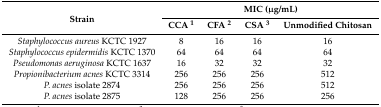
<table><thead><tr><td rowspan="2"><b>Strain</b></td><td colspan="4"><b>MIC (μg/mL)</b></td></tr><tr><td><b>CCA <sup>1</sup></b></td><td><b>CFA <sup>2</sup></b></td><td><b>CSA <sup>3</sup></b></td><td><b>Unmodified Chitosan</b></td></tr></thead><tbody><tr><td><i>Staphylococcus aureus</i> KCTC 1927</td><td>8</td><td>16</td><td>16</td><td>16</td></tr><tr><td><i>Staphylococcus epidermidis</i> KCTC 1370</td><td>64</td><td>64</td><td>64</td><td>64</td></tr><tr><td><i>Pseudomonas aeruginosa</i> KCTC 1637</td><td>16</td><td>32</td><td>32</td><td>32</td></tr><tr><td><i>Propionibacterium acnes</i> KCTC 3314</td><td>256</td><td>256</td><td>256</td><td>512</td></tr><tr><td><i>P. acnes</i> isolate 2874</td><td>256</td><td>256</td><td>256</td><td>512</td></tr><tr><td><i>P. acnes</i> isolate 2875</td><td>128</td><td>256</td><td>256</td><td>256</td></tr></tbody></table>